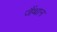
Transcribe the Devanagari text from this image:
जैंथान